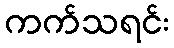
ကက်သရင်း